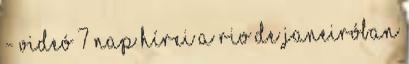
- videó 7 nap hírei A Rio de Janeiróban